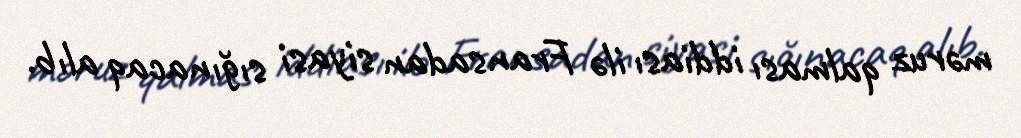
məruz qalması iddiası ilə Fransadan siyasi sığınacaq alıb.